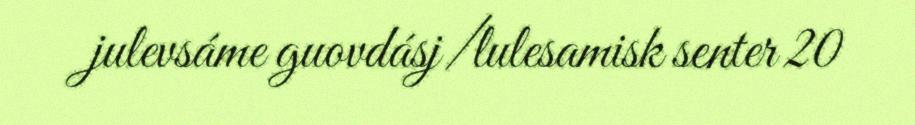
julevsáme guovdásj/lulesamisk senter 20